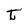
Character: t